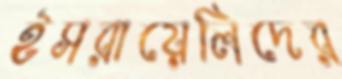
ইসরায়েলিদের